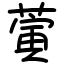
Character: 蔩